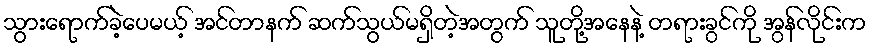
သွားရောက်ခဲ့ပေမယ့် အင်တာနက် ဆက်သွယ်မရှိတဲ့အတွက် သူတို့အနေနဲ့ တရားခွင်ကို အွန်လိုင်းက